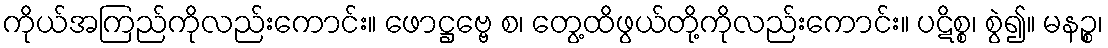
ကိုယ်အကြည်ကိုလည်းကောင်း။ ဖောဋ္ဌဗ္ဗေ စ၊ တွေ့ထိဖွယ်တို့ကိုလည်းကောင်း။ ပဋိစ္စ၊ စွဲ၍။ မနဉ္စ၊